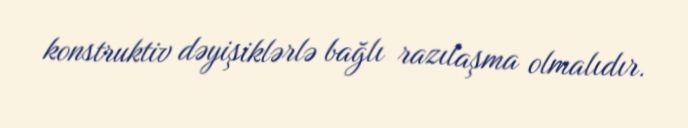
konstruktiv dəyişiklərlə bağlı razılaşma olmalıdır.